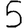
Digit: 5